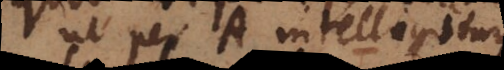
ut per A intelligitur